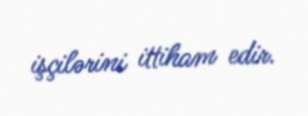
işçilərini ittiham edir.